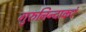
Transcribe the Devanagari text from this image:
गुरुनिन्दाकरं